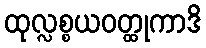
ထုလ္လစ္စယဝတ္ထုကာဒိ